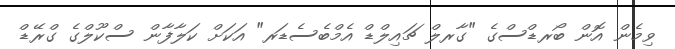
ވިމެން އޮން ބޯރޑްސްގެ "ގާރލް ޗައިލްޑް އެމްބެސެޑަރ" އަކަށް ކަލާފާން ސްކޫލްގެ ގްރޭޑް